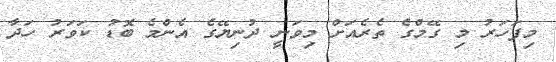
މިފަހަރު މި ގޭމްގެ ތެރެއަށް މިވަނީ ދުނިޔޭގެ އެންމެ ބޮޑު ކަވަރު ހަދާ